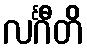
လင်္ဂီတိ